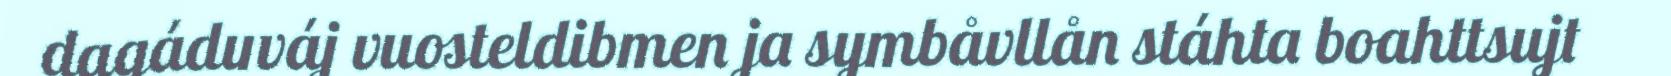
dagáduváj vuosteldibmen ja symbåvllån stáhta boahttsujt